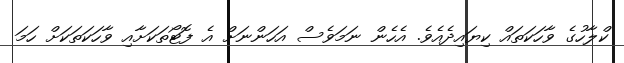
ކްލާހުގެ ވާހަކަތައް ކިޔައިދެއެވެ. އެހެން ނަމަވެސް އަހަންނަށް އެ ފޮޓޯތަކަށާއި ވާހަކަތަކަށް ހަމަ